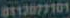
0113077101